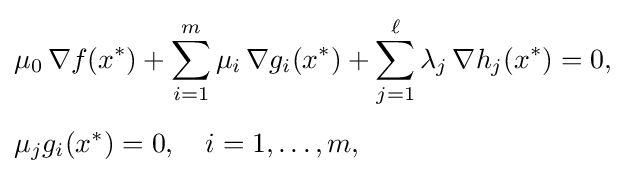
{\begin{aligned}&\mu _{0}\,\nabla f(x^{*})+\sum _{i=1}^{m}\mu _{i}\,\nabla g_{i}(x^{*})+\sum _{j=1}^{\ell }\lambda _{j}\,\nabla h_{j}(x^{*})=0,\\[4pt]&\mu _{j}g_{i}(x^{*})=0,\quad i=1,\dots ,m,\end{aligned}}